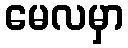
မေလမှာ